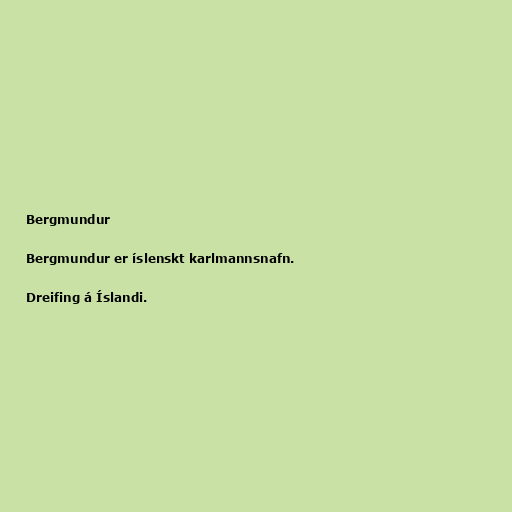
Bergmundur

Bergmundur er íslenskt karlmannsnafn.

Dreifing á Íslandi.